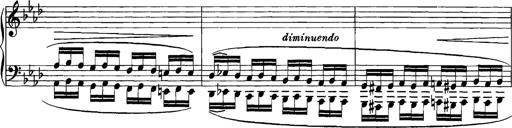
Title: Grandes Etudes
Composer: Franz Liszt